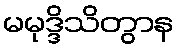
မမုဒ္ဒိသိတွာန